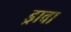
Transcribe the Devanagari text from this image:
ड्रावा